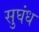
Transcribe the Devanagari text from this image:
सुघंध